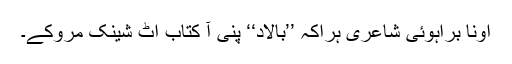
اونا براہوئی شاعری ہراکہ ’’بالاد‘‘ پنی آ کتاب اٹ شینک مروکے۔